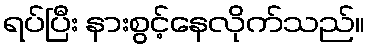
ရပ်ပြီး နားစွင့်နေလိုက်သည်။